Leaving Certificate Examination, 1911
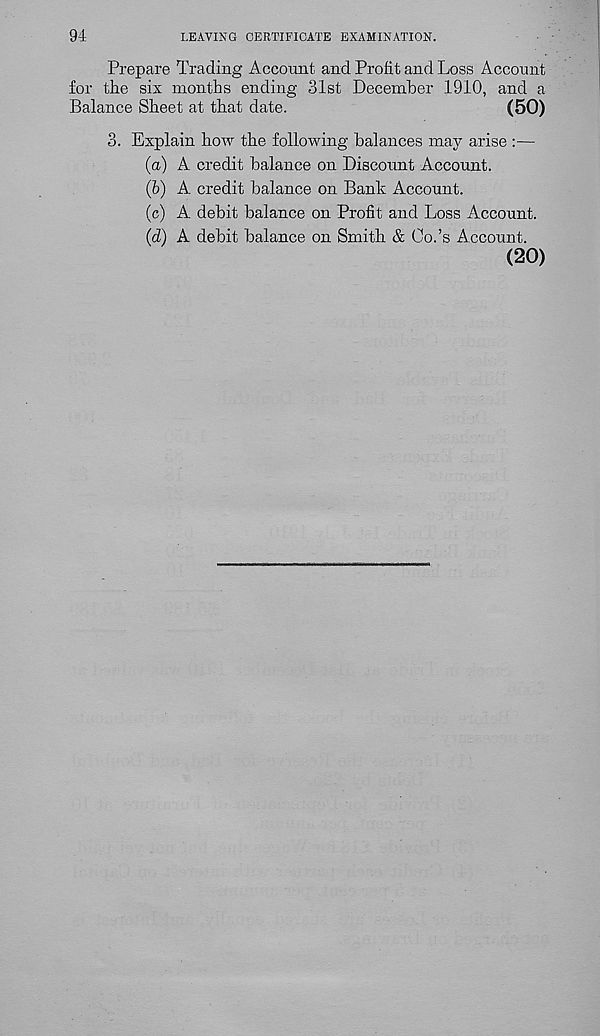
94
LEAVING CERTIFICATE EXAMINATION.
Prepare Trading Account and Profit and Loss Account
for tire six months ending 31st December 1910, and a
Balance Sheet at tbat date.
(50)
3. Explain how the following balances may arise :—
(а) A credit balance on Discount Account.
(б) A credit balance on Bank Account.
(c) A debit balance on Profit and Loss Account.
(d) A debit balance on Smith & Co.’s Account.
(20)